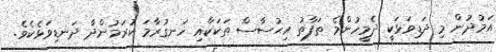
އަމުދުން މި ދަޑިވަޅަކީ ދެމީހުންމެ ތަފާތު އިޙުސާސް ތަކަކާއި ހަނގުރާމަ ކުރަމުންދާ ދަނޑިވަޅެކެވެ.